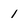
Character: 1